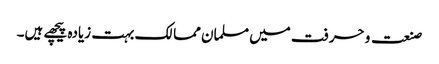
صنعت و حرفت میں مسلمان ممالک بہت زیادہ پیچھے ہیں۔